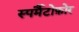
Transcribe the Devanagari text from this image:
स्पर्मैटोफ़ोर